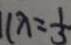
1 \lambda = \frac { 1 } { 3 }